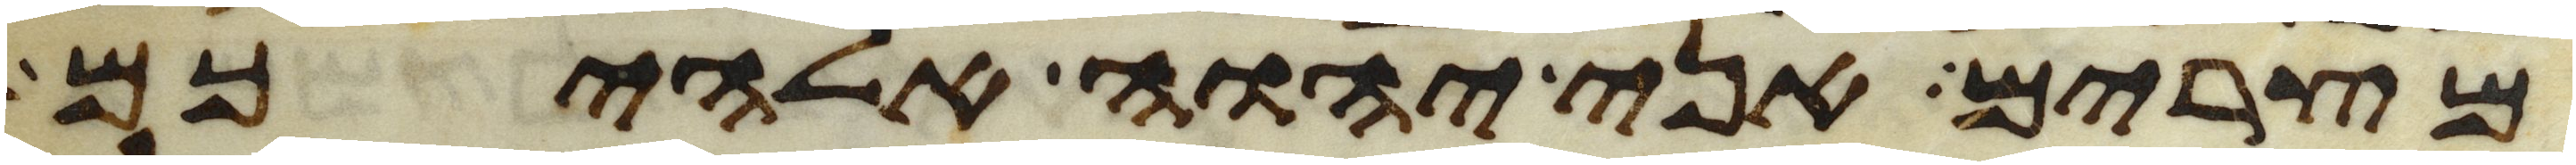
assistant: מצרים אני יהוה אלהיכם